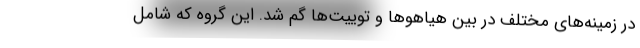
در زمینه‌های مختلف در بین هیاهوها و توییت‌ها گم شد. این گروه که شامل